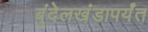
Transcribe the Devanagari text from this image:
बुंदेलखंडापर्यंत